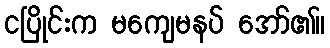
ငပြိုင်းက မကျေမနပ် အော်၏။